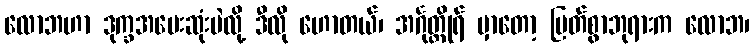
လောဘဟာ ဒုက္ခအပေးဆုံးပဲလို့ ဒီလို ဟောတယ်၊ အင်္ဂုတ္ထိုရ် မှာတော့ မြတ်စွာဘုရားက လောဘ၊